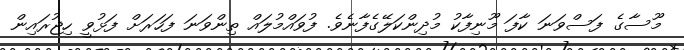
މޫސާގެ ފަސްވަނަ ކާފަ މޫނިފާކު މުދިންކަލޭގެފާނެވެ. ފުވައްމުލައް ތިންވަނަ ފަހަރަށް ފަޅުވީ ހިޖުރައިން